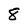
Character: 8